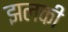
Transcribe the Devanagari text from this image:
झलकी